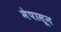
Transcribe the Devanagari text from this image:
मेपासून